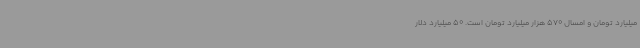
میلیارد تومان و امسال 570 هزار میلیارد تومان است. 50 میلیارد دلار